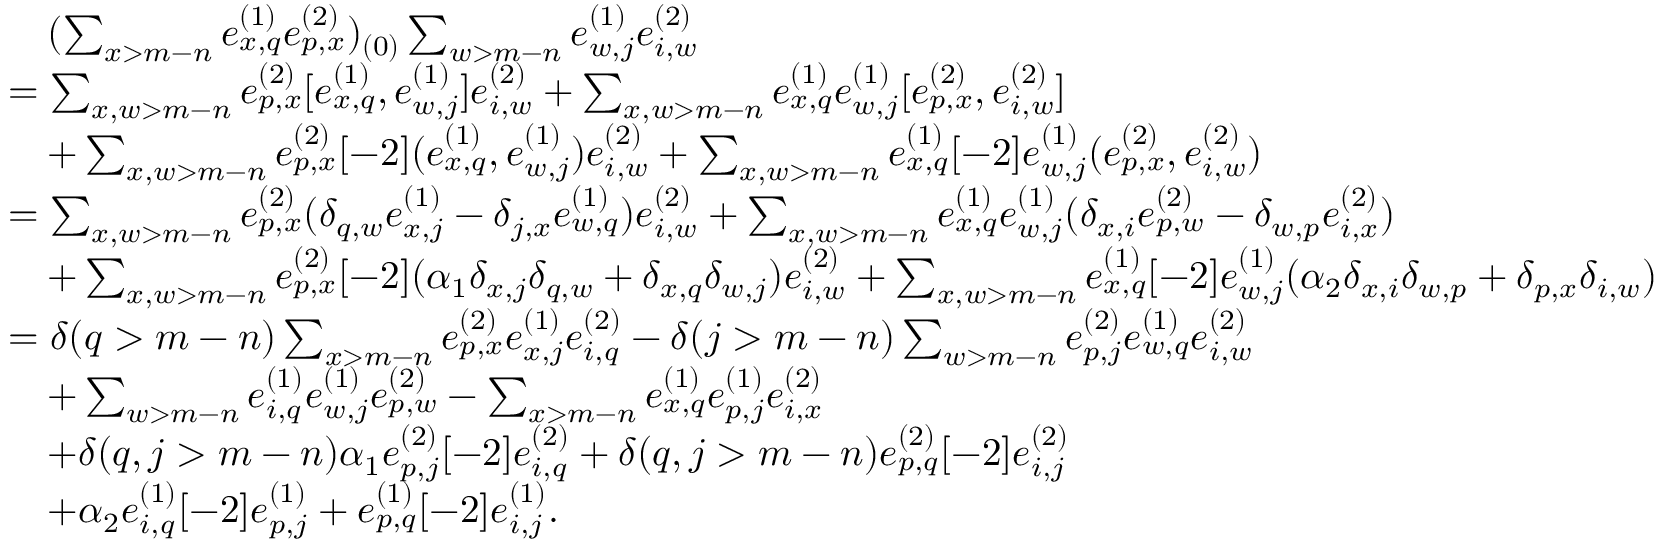
\begin{array} { r l } & { \quad ( \sum _ { x > m - n } e _ { x , q } ^ { ( 1 ) } e _ { p , x } ^ { ( 2 ) } ) _ { ( 0 ) } \sum _ { w > m - n } e _ { w , j } ^ { ( 1 ) } e _ { i , w } ^ { ( 2 ) } } \\ & { = \sum _ { x , w > m - n } e _ { p , x } ^ { ( 2 ) } [ e _ { x , q } ^ { ( 1 ) } , e _ { w , j } ^ { ( 1 ) } ] e _ { i , w } ^ { ( 2 ) } + \sum _ { x , w > m - n } e _ { x , q } ^ { ( 1 ) } e _ { w , j } ^ { ( 1 ) } [ e _ { p , x } ^ { ( 2 ) } , e _ { i , w } ^ { ( 2 ) } ] } \\ & { \quad + \sum _ { x , w > m - n } e _ { p , x } ^ { ( 2 ) } [ - 2 ] ( e _ { x , q } ^ { ( 1 ) } , e _ { w , j } ^ { ( 1 ) } ) e _ { i , w } ^ { ( 2 ) } + \sum _ { x , w > m - n } e _ { x , q } ^ { ( 1 ) } [ - 2 ] e _ { w , j } ^ { ( 1 ) } ( e _ { p , x } ^ { ( 2 ) } , e _ { i , w } ^ { ( 2 ) } ) } \\ & { = \sum _ { x , w > m - n } e _ { p , x } ^ { ( 2 ) } ( \delta _ { q , w } e _ { x , j } ^ { ( 1 ) } - \delta _ { j , x } e _ { w , q } ^ { ( 1 ) } ) e _ { i , w } ^ { ( 2 ) } + \sum _ { x , w > m - n } e _ { x , q } ^ { ( 1 ) } e _ { w , j } ^ { ( 1 ) } ( \delta _ { x , i } e _ { p , w } ^ { ( 2 ) } - \delta _ { w , p } e _ { i , x } ^ { ( 2 ) } ) } \\ & { \quad + \sum _ { x , w > m - n } e _ { p , x } ^ { ( 2 ) } [ - 2 ] ( \alpha _ { 1 } \delta _ { x , j } \delta _ { q , w } + \delta _ { x , q } \delta _ { w , j } ) e _ { i , w } ^ { ( 2 ) } + \sum _ { x , w > m - n } e _ { x , q } ^ { ( 1 ) } [ - 2 ] e _ { w , j } ^ { ( 1 ) } ( \alpha _ { 2 } \delta _ { x , i } \delta _ { w , p } + \delta _ { p , x } \delta _ { i , w } ) } \\ & { = \delta ( q > m - n ) \sum _ { x > m - n } e _ { p , x } ^ { ( 2 ) } e _ { x , j } ^ { ( 1 ) } e _ { i , q } ^ { ( 2 ) } - \delta ( j > m - n ) \sum _ { w > m - n } e _ { p , j } ^ { ( 2 ) } e _ { w , q } ^ { ( 1 ) } e _ { i , w } ^ { ( 2 ) } } \\ & { \quad + \sum _ { w > m - n } e _ { i , q } ^ { ( 1 ) } e _ { w , j } ^ { ( 1 ) } e _ { p , w } ^ { ( 2 ) } - \sum _ { x > m - n } e _ { x , q } ^ { ( 1 ) } e _ { p , j } ^ { ( 1 ) } e _ { i , x } ^ { ( 2 ) } } \\ & { \quad + \delta ( q , j > m - n ) \alpha _ { 1 } e _ { p , j } ^ { ( 2 ) } [ - 2 ] e _ { i , q } ^ { ( 2 ) } + \delta ( q , j > m - n ) e _ { p , q } ^ { ( 2 ) } [ - 2 ] e _ { i , j } ^ { ( 2 ) } } \\ & { \quad + \alpha _ { 2 } e _ { i , q } ^ { ( 1 ) } [ - 2 ] e _ { p , j } ^ { ( 1 ) } + e _ { p , q } ^ { ( 1 ) } [ - 2 ] e _ { i , j } ^ { ( 1 ) } . } \end{array}